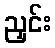
ညှင်း